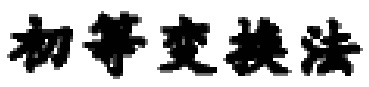
初等变换法